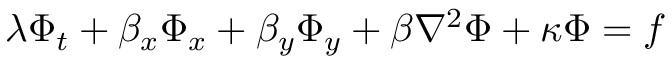
\lambda \Phi _ { t } + \beta _ { x } \Phi _ { x } + \beta _ { y } \Phi _ { y } + \beta \nabla ^ { 2 } \Phi + \kappa \Phi = f